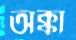
অক্কা